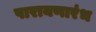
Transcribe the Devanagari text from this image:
पारायणारंभ